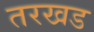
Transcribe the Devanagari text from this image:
तरखड